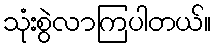
သုံးစွဲလာကြပါတယ်။